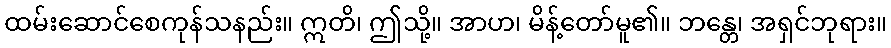
ထမ်းဆောင်စေကုန်သနည်း။ ဣတိ၊ ဤသို့။ အာဟ၊ မိန့်တော်မူ၏။ ဘန္တေ၊ အရှင်ဘုရား။